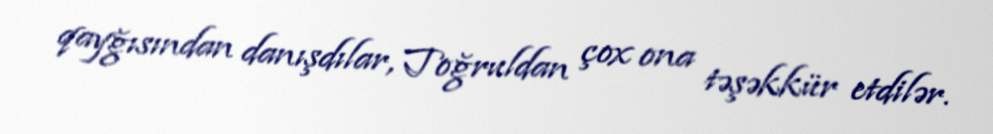
qayğısından danışdılar, Toğruldan çox ona təşəkkür etdilər.